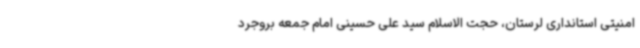
امنیتی استانداری لرستان، حجت الاسلام سید علی حسینی امام جمعه بروجرد